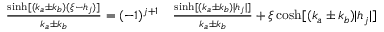
\begin{array} { r l } { \frac { \sinh [ ( k _ { a } \pm k _ { b } ) ( \xi - h _ { j } ) ] } { k _ { a } \pm k _ { b } } = ( - 1 ) ^ { j + 1 } } & { { } \frac { \sinh [ ( k _ { a } \pm k _ { b } ) | h _ { j } | ] } { k _ { a } \pm k _ { b } } + \xi \cosh [ ( k _ { a } \pm k _ { b } ) | h _ { j } | ] } \end{array}